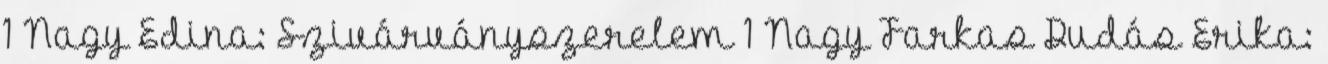
1 Nagy Edina: Szivárványszerelem 1 Nagy Farkas Dudás Erika: